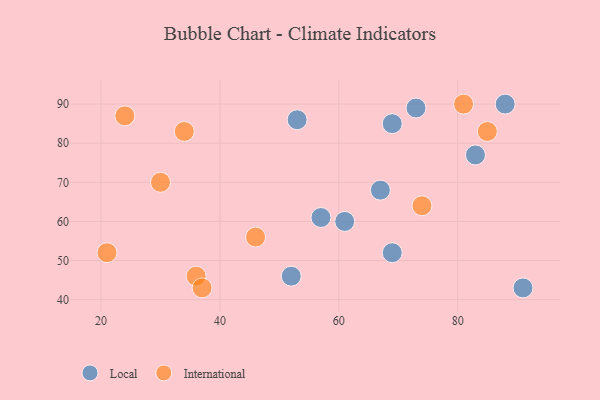
{"axis": {"x": "GDP", "y": "Life Expectancy"}, "legend": ["International", "Local"], "data": [{"x": "67", "y": 68, "type": "Local"}, {"x": "83", "y": 77, "type": "Local"}, {"x": "91", "y": 43, "type": "Local"}, {"x": "61", "y": 60, "type": "Local"}, {"x": "88", "y": 90, "type": "Local"}, {"x": "57", "y": 61, "type": "Local"}, {"x": "52", "y": 46, "type": "Local"}, {"x": "53", "y": 86, "type": "Local"}, {"x": "73", "y": 89, "type": "Local"}, {"x": "69", "y": 52, "type": "Local"}, {"x": "69", "y": 85, "type": "Local"}, {"x": "36", "y": 46, "type": "International"}, {"x": "37", "y": 43, "type": "International"}, {"x": "85", "y": 83, "type": "International"}, {"x": "24", "y": 87, "type": "International"}, {"x": "81", "y": 90, "type": "International"}, {"x": "34", "y": 83, "type": "International"}, {"x": "46", "y": 56, "type": "International"}, {"x": "21", "y": 52, "type": "International"}, {"x": "30", "y": 70, "type": "International"}, {"x": "74", "y": 64, "type": "International"}]}